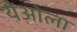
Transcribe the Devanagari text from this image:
येओला